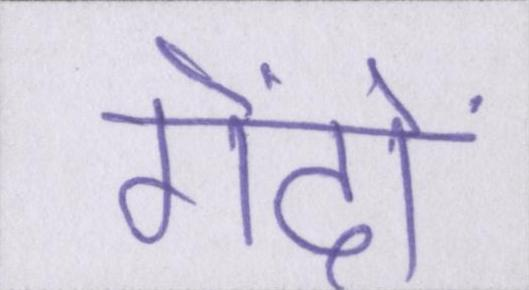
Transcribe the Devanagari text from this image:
गेंदों